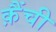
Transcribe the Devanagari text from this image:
क़ैंची